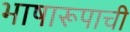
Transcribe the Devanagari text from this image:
भाषारूपाची